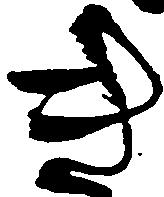
き